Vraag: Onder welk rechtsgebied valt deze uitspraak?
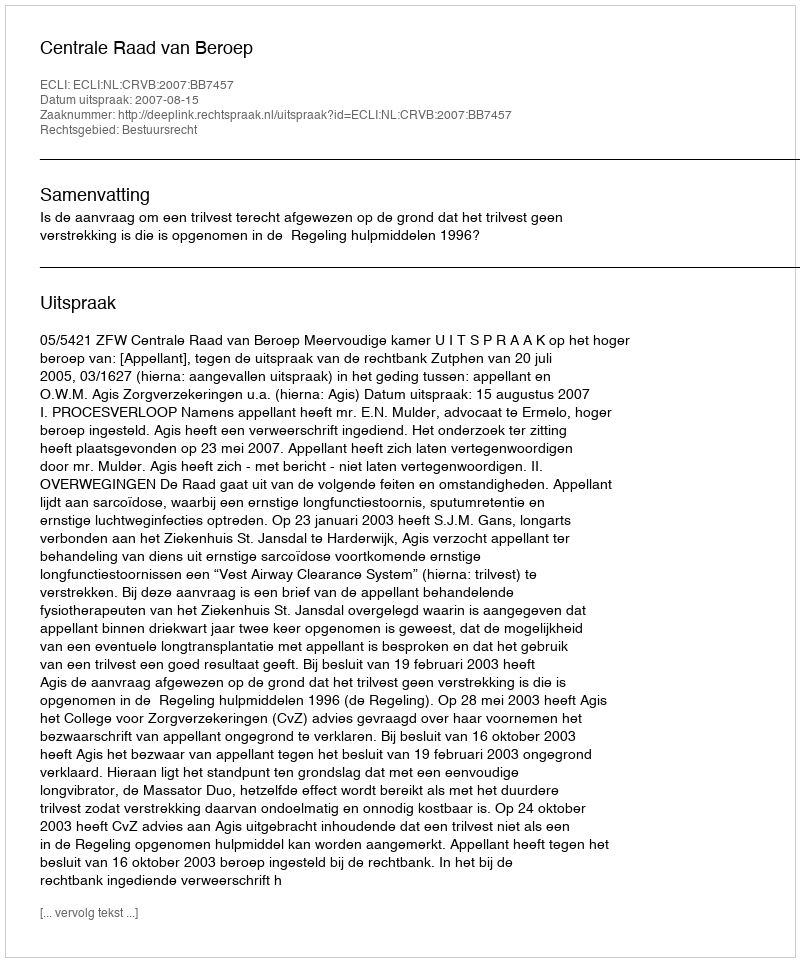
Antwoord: Bestuursrecht